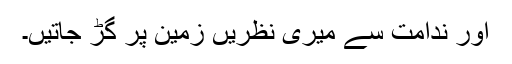
اور ندامت سے میری نظریں زمین پر گڑ جاتیں۔